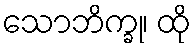
သောဘိက္ခု၊ ထို